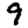
Digit: 9